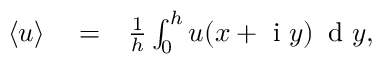
\begin{array} { r l r } { \langle u \rangle } & { { } = } & { \frac { 1 } { h } \int _ { 0 } ^ { h } u ( x + \mathrm { ~ i ~ } y ) \, \mathrm { ~ d ~ } y , } \end{array}